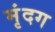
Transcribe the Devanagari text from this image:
मृंदग